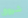
شروق